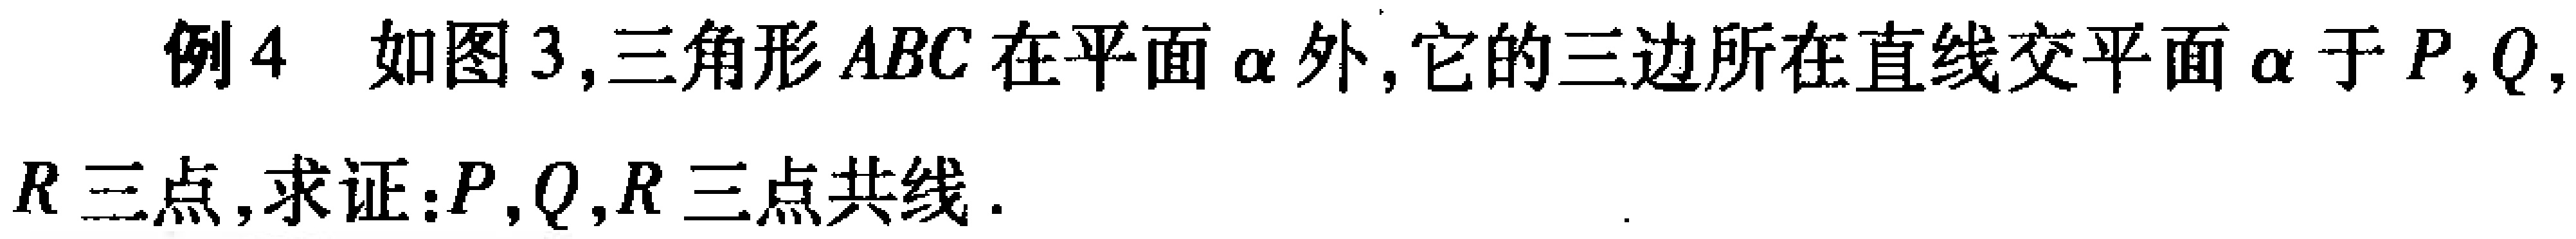
例4 如图3,三角形 \(ABC\) 在平面 \(\alpha\) 外,它的三边所在直线交平面 \(\alpha\) 于 \(P,Q,\) \(R\) 三点,求证:\(P,Q,R\) 三点共线.